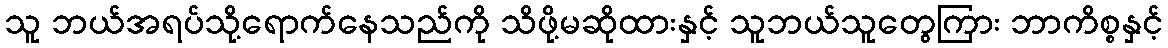
သူ ဘယ်အရပ်သို့ရောက်နေသည်ကို သိဖို့မဆိုထားနှင့် သူဘယ်သူတွေကြား ဘာကိစ္စနှင့်